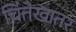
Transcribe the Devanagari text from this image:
चिंतेखातर